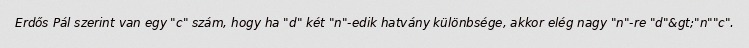
Erdős Pál szerint van egy "c" szám, hogy ha "d" két "n"-edik hatvány különbsége, akkor elég nagy "n"-re "d"&gt;"n""c".